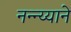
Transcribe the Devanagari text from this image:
नन्न्य्याने